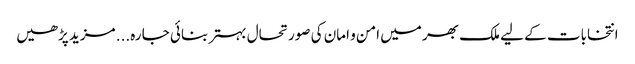
انتخابات کے لیے ملک بھر میں امن و امان کی صورتحال بہتر بنائی جا رہ... مزید پڑھیں